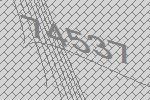
74537